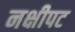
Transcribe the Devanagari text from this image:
नक्षीपट